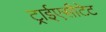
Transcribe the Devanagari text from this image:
ट्राईएसीटेट